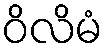
ဝိလိမံ